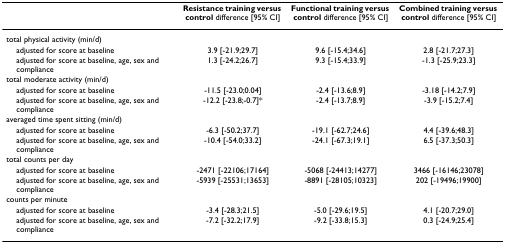
<table><thead><tr><td></td><td><b>Resistance training versus control difference [95% CI]</b></td><td><b>Functional training versus control difference [95% CI]</b></td><td><b>Combined training versus control difference [95% CI]</b></td></tr></thead><tbody><tr><td>total physical activity (min/d)</td><td></td><td></td><td></td></tr><tr><td> adjusted for score at baseline</td><td>3.9 [-21.9;29.7]</td><td>9.6 [-15.4;34.6]</td><td>2.8 [-21.7;27.3]</td></tr><tr><td> adjusted for score at baseline, age, sex and compliance</td><td>1.3 [-24.2;26.7]</td><td>9.3 [-15.4;33.9]</td><td>-1.3 [-25.9;23.3]</td></tr><tr><td>total moderate activity (min/d)</td><td></td><td></td><td></td></tr><tr><td> adjusted for score at baseline</td><td>-11.5 [-23.0;0.04]</td><td>-2.4 [-13.6;8.9]</td><td>-3.18 [-14.2;7.9]</td></tr><tr><td> adjusted for score at baseline, age, sex and compliance</td><td>-12.2 [-23.8;-0.7]*</td><td>-2.4 [-13.7;8.9]</td><td>-3.9 [-15.2;7.4]</td></tr><tr><td>averaged time spent sitting (min/d)</td><td></td><td></td><td></td></tr><tr><td> adjusted for score at baseline</td><td>-6.3 [-50.2;37.7]</td><td>-19.1 [-62.7;24.6]</td><td>4.4 [-39.6;48.3]</td></tr><tr><td> adjusted for score at baseline, age, sex and compliance</td><td>-10.4 [-54.0;33.2]</td><td>-24.1 [-67.3;19.1]</td><td>6.5 [-37.3;50.3]</td></tr><tr><td>total counts per day</td><td></td><td></td><td></td></tr><tr><td> adjusted for score at baseline</td><td>-2471 [-22106;17164]</td><td>-5068 [-24413;14277]</td><td>3466 [-16146;23078]</td></tr><tr><td> adjusted for score at baseline, age, sex and compliance</td><td>-5939 [-25531;13653]</td><td>-8891 [-28105;10323]</td><td>202 [-19496;19900]</td></tr><tr><td>counts per minute</td><td></td><td></td><td></td></tr><tr><td> adjusted for score at baseline</td><td>-3.4 [-28.3;21.5]</td><td>-5.0 [-29.6;19.5]</td><td>4.1 [-20.7;29.0]</td></tr><tr><td> adjusted for score at baseline, age, sex and compliance</td><td>-7.2 [-32.2;17.9]</td><td>-9.2 [-33.8;15.3]</td><td>0.3 [-24.9;25.4]</td></tr></tbody></table>